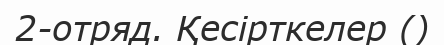
2-отряд. Қесірткелер ()